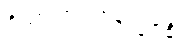
ဝိညာဏုပါဒါနက္ခန္ဓေ